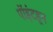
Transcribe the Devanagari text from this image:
पॉइंटहून